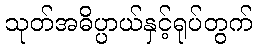
သုတ်အဓိပ္ပာယ်နှင့်ရုပ်တွက်